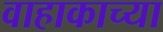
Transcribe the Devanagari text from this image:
वाहाकाच्या